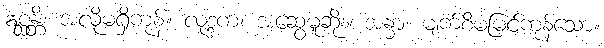
ဣစ္ဆန္တိ၊ အလိုမရှိကုန်။ လုဒ္ဒက၊ အဆွေမူဆိုး။ အန္ဓာ၊ မျက်စိမမြင်ကုန်သော။